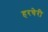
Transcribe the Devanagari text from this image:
हरचेरी